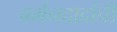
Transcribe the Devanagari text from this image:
बर्मनदादांची